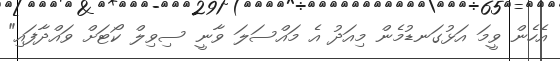
އެހެން ވީމަ އަޅުގަނޑުމެން މިއަދު އެ މައްސަލަ ވާނީ ސިވިލް ކޯޓަށް ވައްދާފައި"